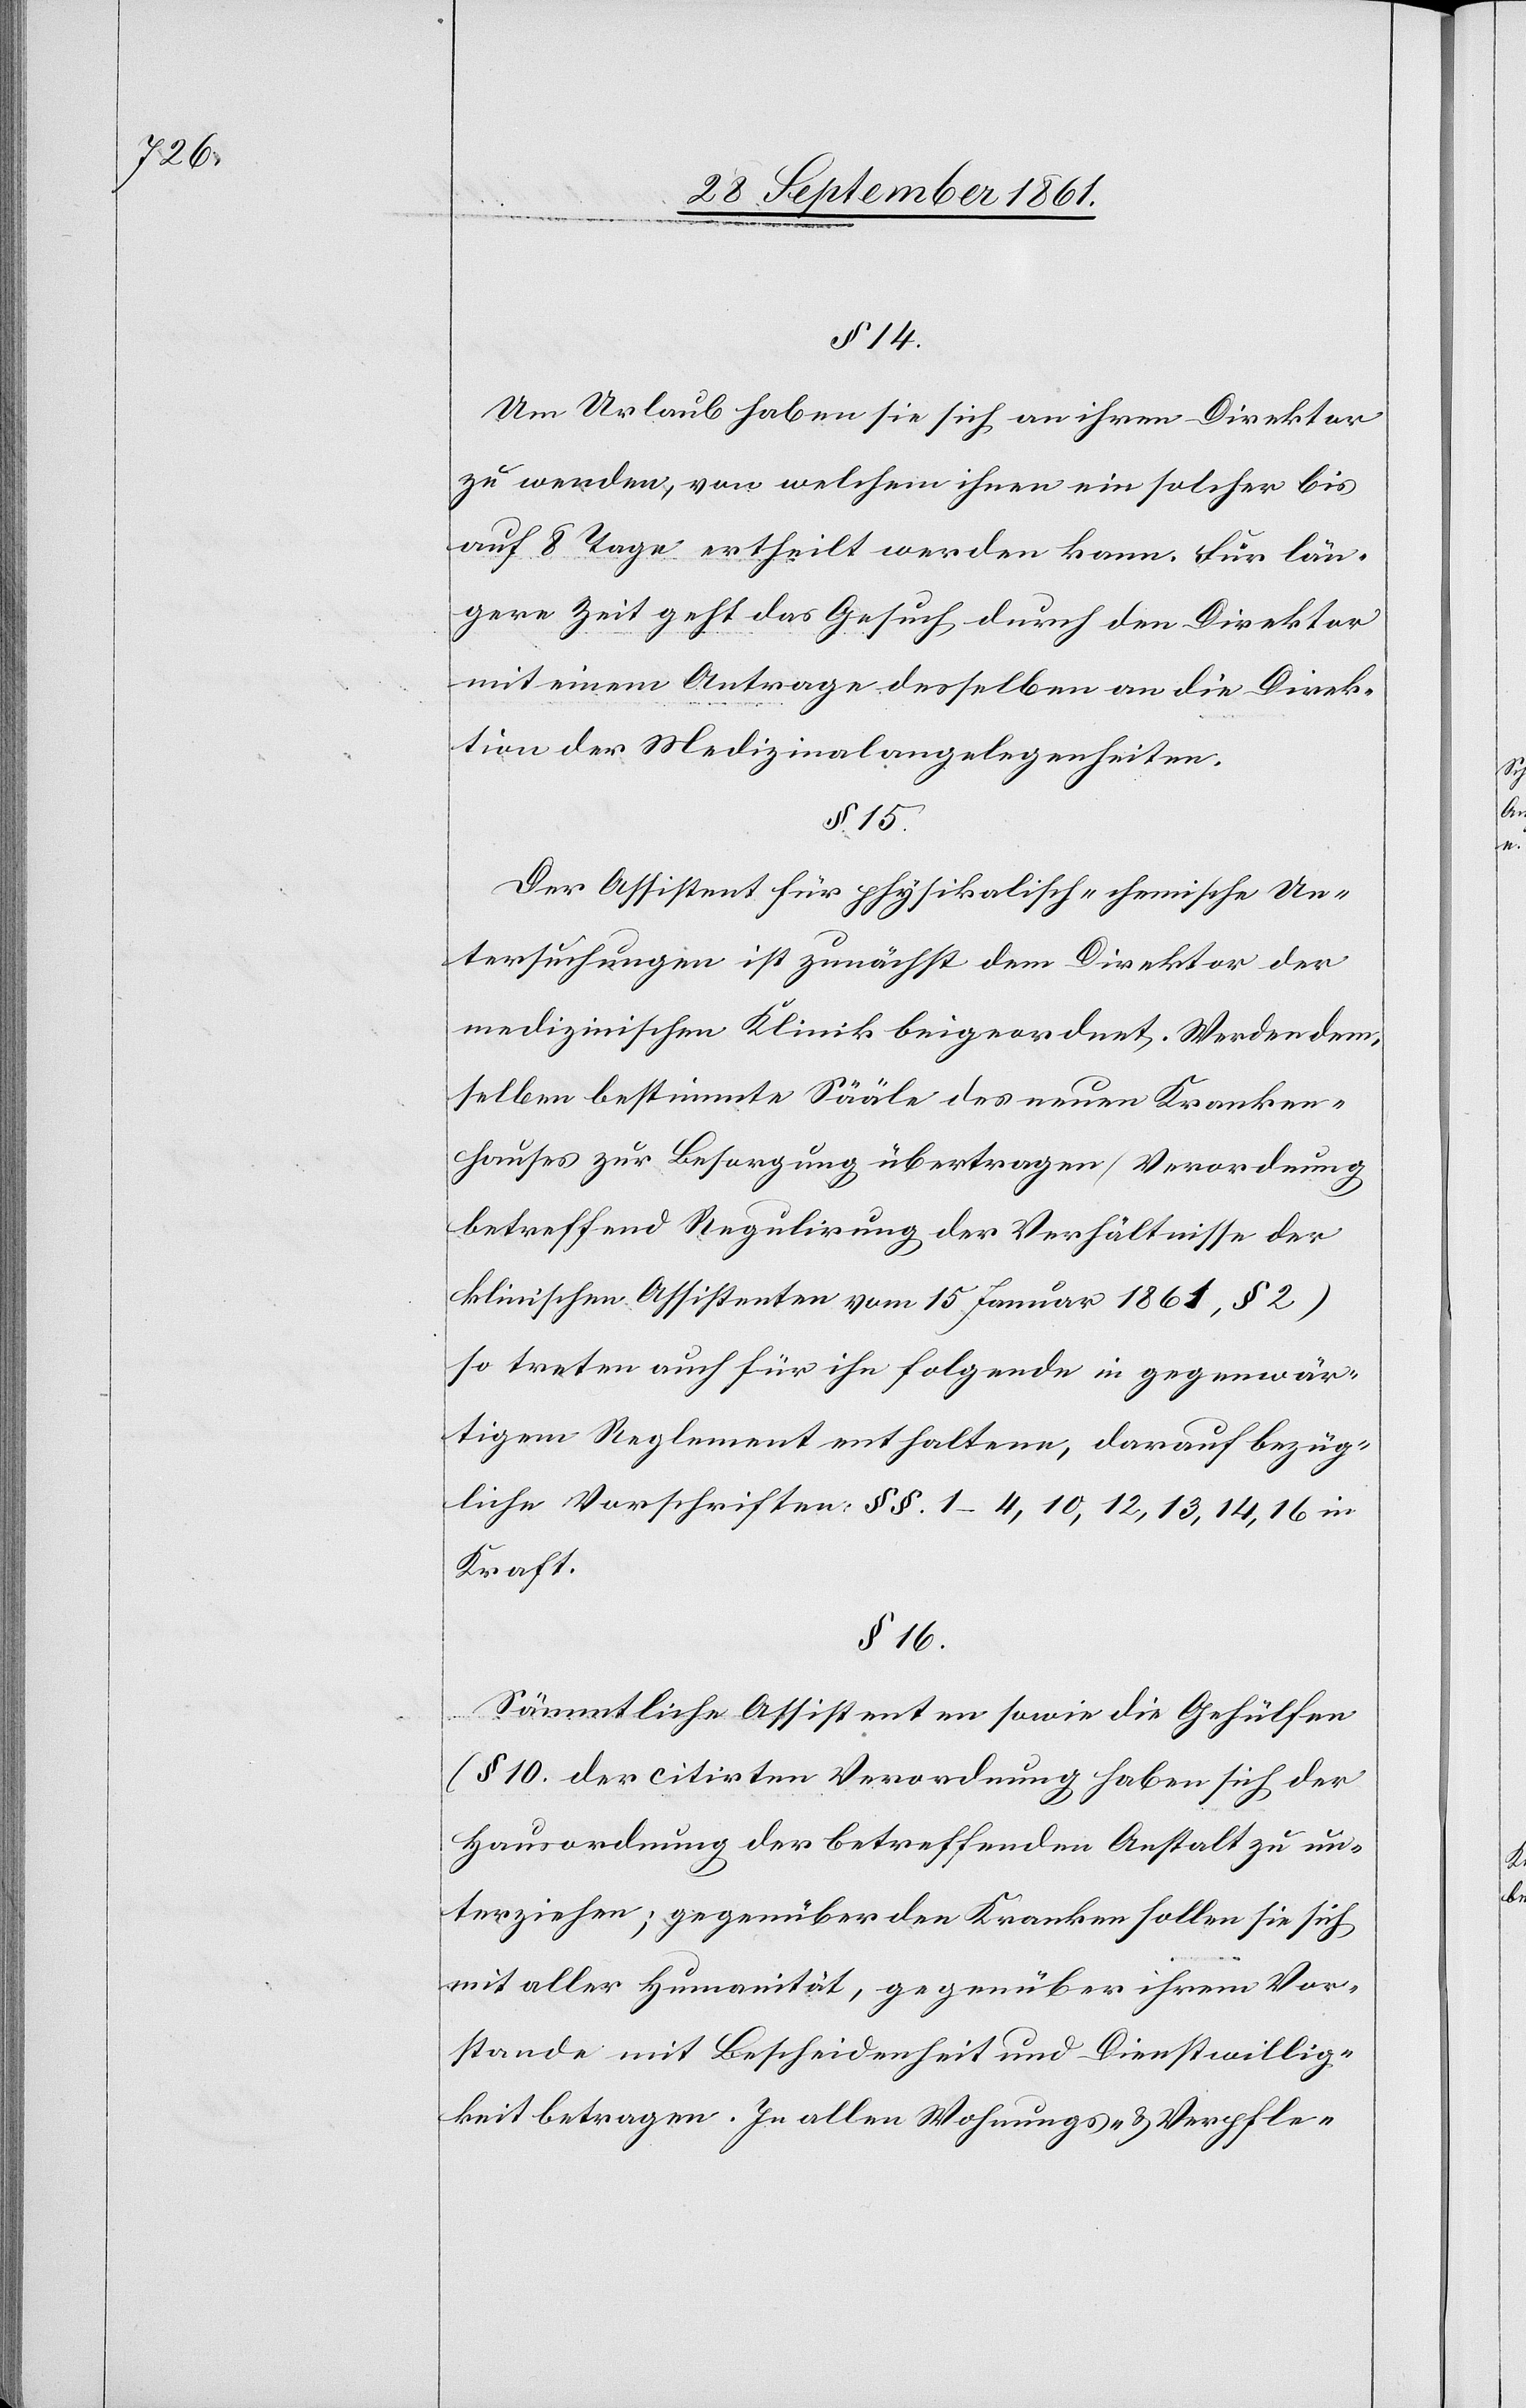
§ 14.
Um Urlaub haben sie sich an ihren Direktor
zu wenden, von welchem ihnen ein solcher bis
auf 8 Tage ertheilt werden kann. Für län¬
gere Zeit geht das Gesuch, durch den Direktor
mit einem Antrage desselben an die Direk¬
tion der Medizinalangelegenheiten.
§ 15.
Der Assistent für physikalisch-chemische Un¬
tersuchungen ist zunächst dem Direktor der
medizinischen Klinik beigeordnet. Werden dem¬
selben bestimmte Sääle des neuen Kranken¬
hauses zur Besorgung übertragen (Verordnung
betreffend Regulirung der Verhältnisse der
klinischen Assistenten vom 15 Januar 1861, § 2)
so treten auch für ihn folgende in gegenwär¬
tigem Reglement halten, darauf bezüg¬
liche Vorschriften: §§ 1–4, 10, 12, 13, 14, 16 in
Kraft.
§ 16.
Sämmtliche Assistenten sowie die Gehülfen
(§ 10 der citirten Verordnung[)] haben sich der
Hausordnung der betreffenden Anstalt zu un¬
terziehen; gegenüber den Kranken sollen sie sich
mit aller Humanität, gegenüber ihrem Vor¬
stande mit Bescheidenheit und Dienstwillig¬
keit betragen. In allen Wohnungs- u. Verpfle-